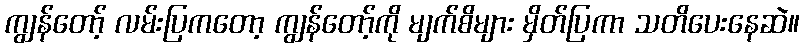
ကျွန်တော့် လမ်းပြကတော့ ကျွန်တော့်ကို မျက်စိများ မှိတ်ပြကာ သတိပေးနေဆဲ။